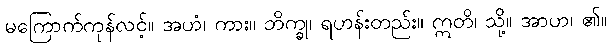
မကြောက်ကုန်လင့်။ အဟံ၊ ကား။ ဘိက္ခု၊ ရဟန်းတည်း။ ဣတိ၊ သို့။ အာဟ၊ ၏။